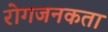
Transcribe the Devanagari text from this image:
रोगजनकता